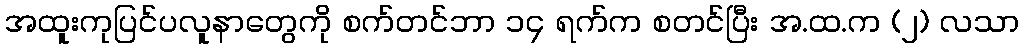
အထူးကုပြင်ပလူနာတွေကို စက်တင်ဘာ ၁၄ ရက်က စတင်ပြီး အ.ထ.က (၂) လသာ